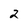
Character: 2